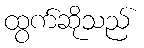
ထွက်ဆိုသည်